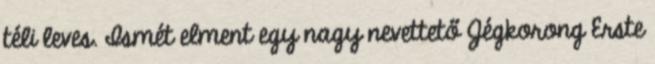
téli leves. Ismét elment egy nagy nevettető Jégkorong Erste